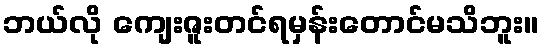
ဘယ်လို ကျေးဇူးတင်ရမှန်းတောင်မသိဘူး။